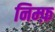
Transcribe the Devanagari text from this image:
निम्फ़